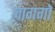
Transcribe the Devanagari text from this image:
लागगो